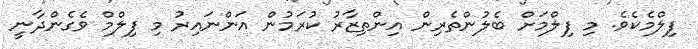
ފިލްމެކެވެ. މި ފިލްމަށް ބެލުންތެރިން އިންތިޒާރު ކުރަމުން އަންނައިރު މި ފިލްމް ވެގެންދާނީ